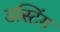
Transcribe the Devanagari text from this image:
डस्टिंग